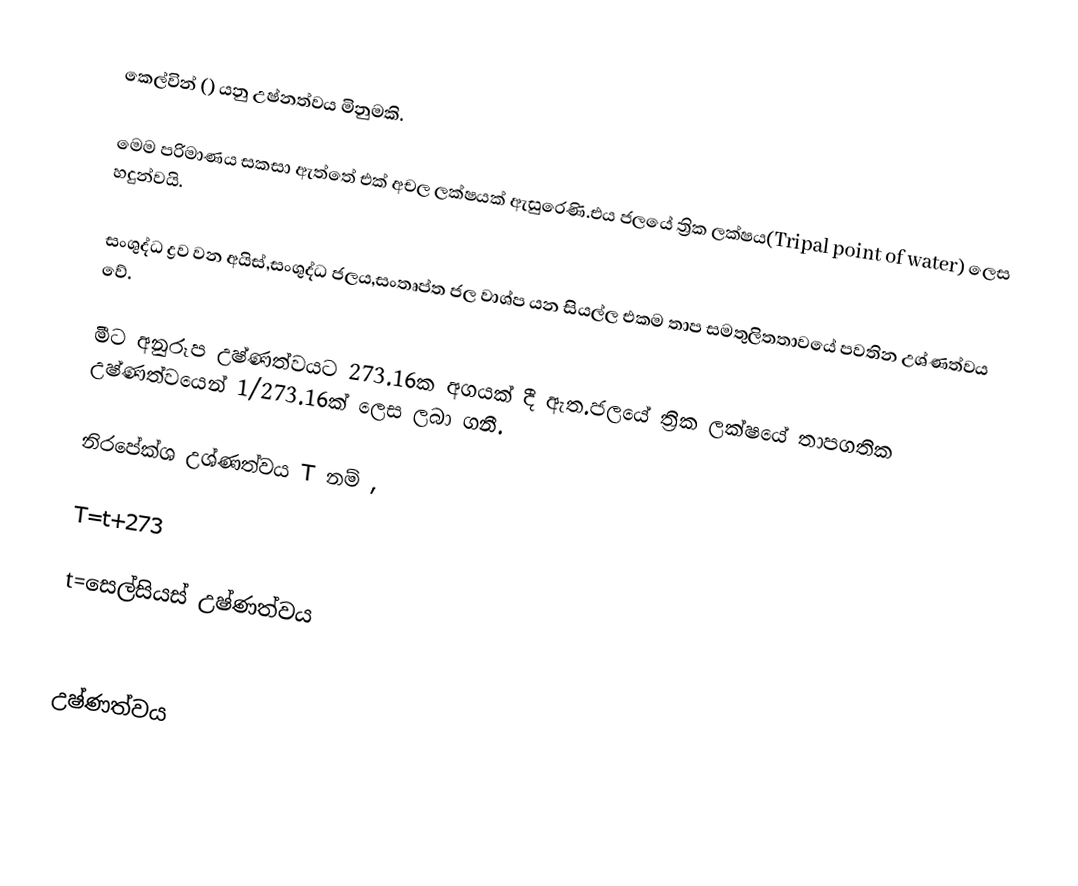
කෙල්වින් () යනු උෂ්නත්වය මිනුමකි.

මෙම පරිමාණය සකසා ඇත්තේ එක් අචල ලක්ෂයක් ඇසුරෙණි.එය ජලයේ ත්‍රික ලක්ෂය(Tripal point of water) ලෙස හදුන්වයි.

සංශුද්ධ ද්‍රව වන අයිස්,සංශුද්ධ ජලය,සංතෘප්ත ජල වාශ්ප යන සියල්ල එකම තාප සමතුලිතතාවයේ පවතින උශ්ණත්වය වේ.

මීට අනුරූප උෂ්ණත්වයට 273.16ක අගයක්  දී ඇත.ජලයේ ත්‍රික ලක්ෂයේ තාපගතික උෂ්ණත්වයෙන් 1/273.16ක් ලෙස ලබා ගනී.

නිරපේක්ශ උශ්ණත්වය T නම් ,

T=t+273

t=සෙල්සියස් උෂ්ණත්වය

උෂ්ණත්වය